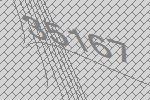
35167